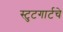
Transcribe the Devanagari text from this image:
स्टुटगार्टचे